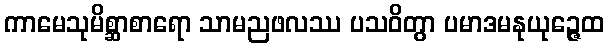
ကာမေသုမိစ္ဆာစာရော သာမညဖလဿ ပသဝိတွာ ပမာဒမနုယုဉ္ဇေထ